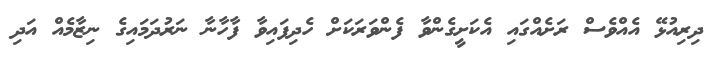
ދިރިއުޅޭ އެއްވެސް ރަށެއްގައި އެކަށީގެންވާ ފެންވަރަކަށް ހެދިފައިވާ ފާހާނާ ނަރުދަމައިގެ ނިޒާމެއް އަދި